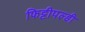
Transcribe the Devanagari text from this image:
फिट्टीपल्डी